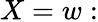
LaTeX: X=w: